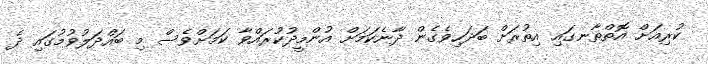
ކުރިއަށް އޮތްތާނގައި އިތުރަށް ބަދަހިވެގެން ދާނެކަމަށް އުންމީދުކުރައްވާ ކަމަށްވެސް މި ބައްދަލުވުމުގައި ދެ